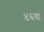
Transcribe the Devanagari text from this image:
४६वां